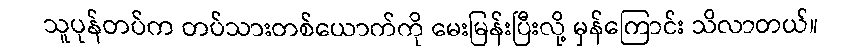
သူပုန်တပ်က တပ်သားတစ်ယောက်ကို မေးမြန်းပြီးလို့ မှန်ကြောင်း သိလာတယ်။